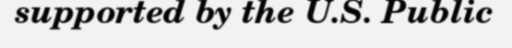
supported by the U.S. Public